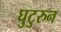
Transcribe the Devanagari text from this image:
घुटुरुन